Report on the Civil Veterinary Department, Eastern Bengal and Assam - 1907-1911
Year: 1907
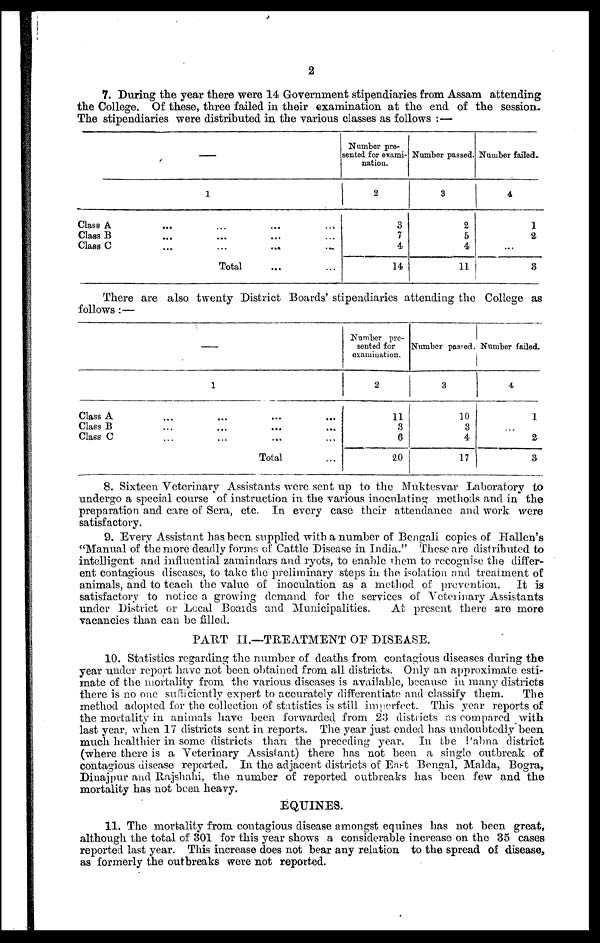
2
7. During the year there were 14 Government stipendiaries from Assam attending
the College. Of these, three failed in their examination at the end of the session.
The stipendiaries were distributed in the various classes as follows : —
—
1
Class A ... ... ... ...
Class B ... ... ... ...
Class C
...
...
...
...
Total ... ...
Number pre-
sented for exami-
nation.
2
3
7
4
14
Number passed.
3
2
5
4
11
Number failed.
4
1
2
...
3
There are also twenty District Boards' stipendiaries attending the College as
follows :—
—
1
Class A
...
...
...
...
Class B ... ... ... ...
Class C ... ... ... ...
Total ...
Number pre-
sented for
examination.
2
11
3
6
20
Number passed.
3
10
3
4
17
Number failed.
4
1
...
2
3
8. Sixteen Veterinary Assistants were sent up to the Muktesvar Laboratory to
undergo a special course of instruction in the various inoculating methods and in the
preparation and care of Sera, etc. In every case their attendance and work were
satisfactory.
9. Every Assistant has been supplied with a number of Bengali copies of Hallen's
"Manual of the more deadly forms of Cattle Disease in India." These are distributed to
intelligent and influential zamindars and ryots, to enable them to recognise the differ-
ent contagious diseases, to take the preliminary steps in the isolation and treatment of
animals, and to teach the value of inoculation as a method of prevention. It is
satisfactory to notice a growing demand for the services of Veterinary Assistants
under District or Local Boards and Municipalities.
At present there are more
vacancies than can be filled.
PART II.—TREATMENT OF DISEASE.
10. Statistics regarding the number of deaths from contagious diseases during the
year under report have not been obtained from all districts. Only an approximate esti-
mate of the mortality from the various diseases is available, because in many districts
there is no one sufficiently expert to accurately differentiate and classify them. The
method adopted for the collection of statistics is still imperfect. This year reports of
the mortality in animals have been forwarded from 23 districts as compared with
last year, when 17 districts sent in reports. The year just ended has undoubtedly been
much healthier in some districts than the preceding year. In the Pabna district
(where there is a Veterinary Assistant) there has not been a single outbreak of
contagious disease reported. In the adjacent districts of East Bengal, Malda, Bogra,
Dinajpur and Rajshahi, the number of reported outbreaks has been few and the
mortality has not been heavy.
EQUINES.
11. The mortality from contagious disease amongst equines has not been great,
although the total of 301 for this year shows a considerable increase on the 35 cases
reported last year. This increase does not bear any relation to the spread of disease,
as formerly the outbreaks were not reported.